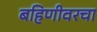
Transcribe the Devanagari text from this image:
बहिणीवरचा